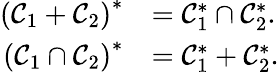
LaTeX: \begin{array}{rl}{\left(\mathcal{C}_{1}+\mathcal{C}_{2}\right)^{\ast}}&{=\mathcal{C}_{1}^{\ast}\cap\mathcal{C}_{2}^{\ast}.}\\ {\left(\mathcal{C}_{1}\cap\mathcal{C}_{2}\right)^{\ast}}&{=\mathcal{C}_{1}^{\ast}+\mathcal{C}_{2}^{\ast}.}\end{array}